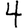
Digit: 4